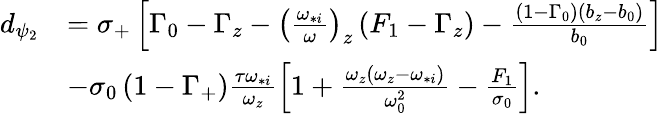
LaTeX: \begin{array}{rl}{d_{\psi_{2}}}&{=\sigma_{+}\left[\Gamma_{0}-\Gamma_{z}-\left(\frac{\omega_{*i}}{\omega}\right)_{z}\left(F_{1}-\Gamma_{z}\right)-\frac{\left(1-\Gamma_{0}\right)\left(b_{z}-b_{0}\right)}{b_{0}}\right]}\\ &{-\sigma_{0}\left(1-\Gamma_{+}\right)\frac{\tau\omega_{*i}}{\omega_{z}}\left[1+\frac{\omega_{z}\left(\omega_{z}-\omega_{*i}\right)}{\omega_{0}^{2}}-\frac{F_{1}}{\sigma_{0}}\right].}\end{array}